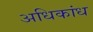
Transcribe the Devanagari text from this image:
अधिकांध